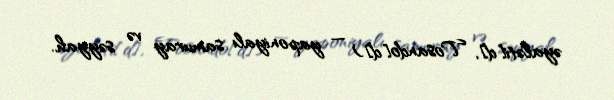
əyaləti[d], Tosando[d]) — yaponiyalı samuray və səyyah.